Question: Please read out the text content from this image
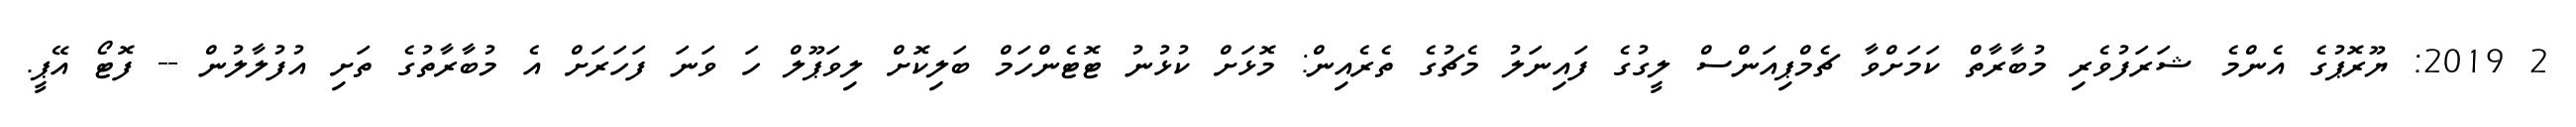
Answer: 2 2019: ޔޫރޮޕުގެ އެންމެ ޝަރަފުވެރި މުބާރާތް ކަމަށްވާ ޗެމްޕިއަންސް ލީގުގެ ފައިނަލު މެޗުގެ ތެރެއިން: މޮޅަށް ކުޅުނު ޓޮޓެންހަމް ބަލިކޮށް ލިވަޕޫލް ހަ ވަނަ ފަހަރަށް އެ މުބާރާތުގެ ތަށި އުފުލާލުން -- ފޮޓޯ އޭޕީ.